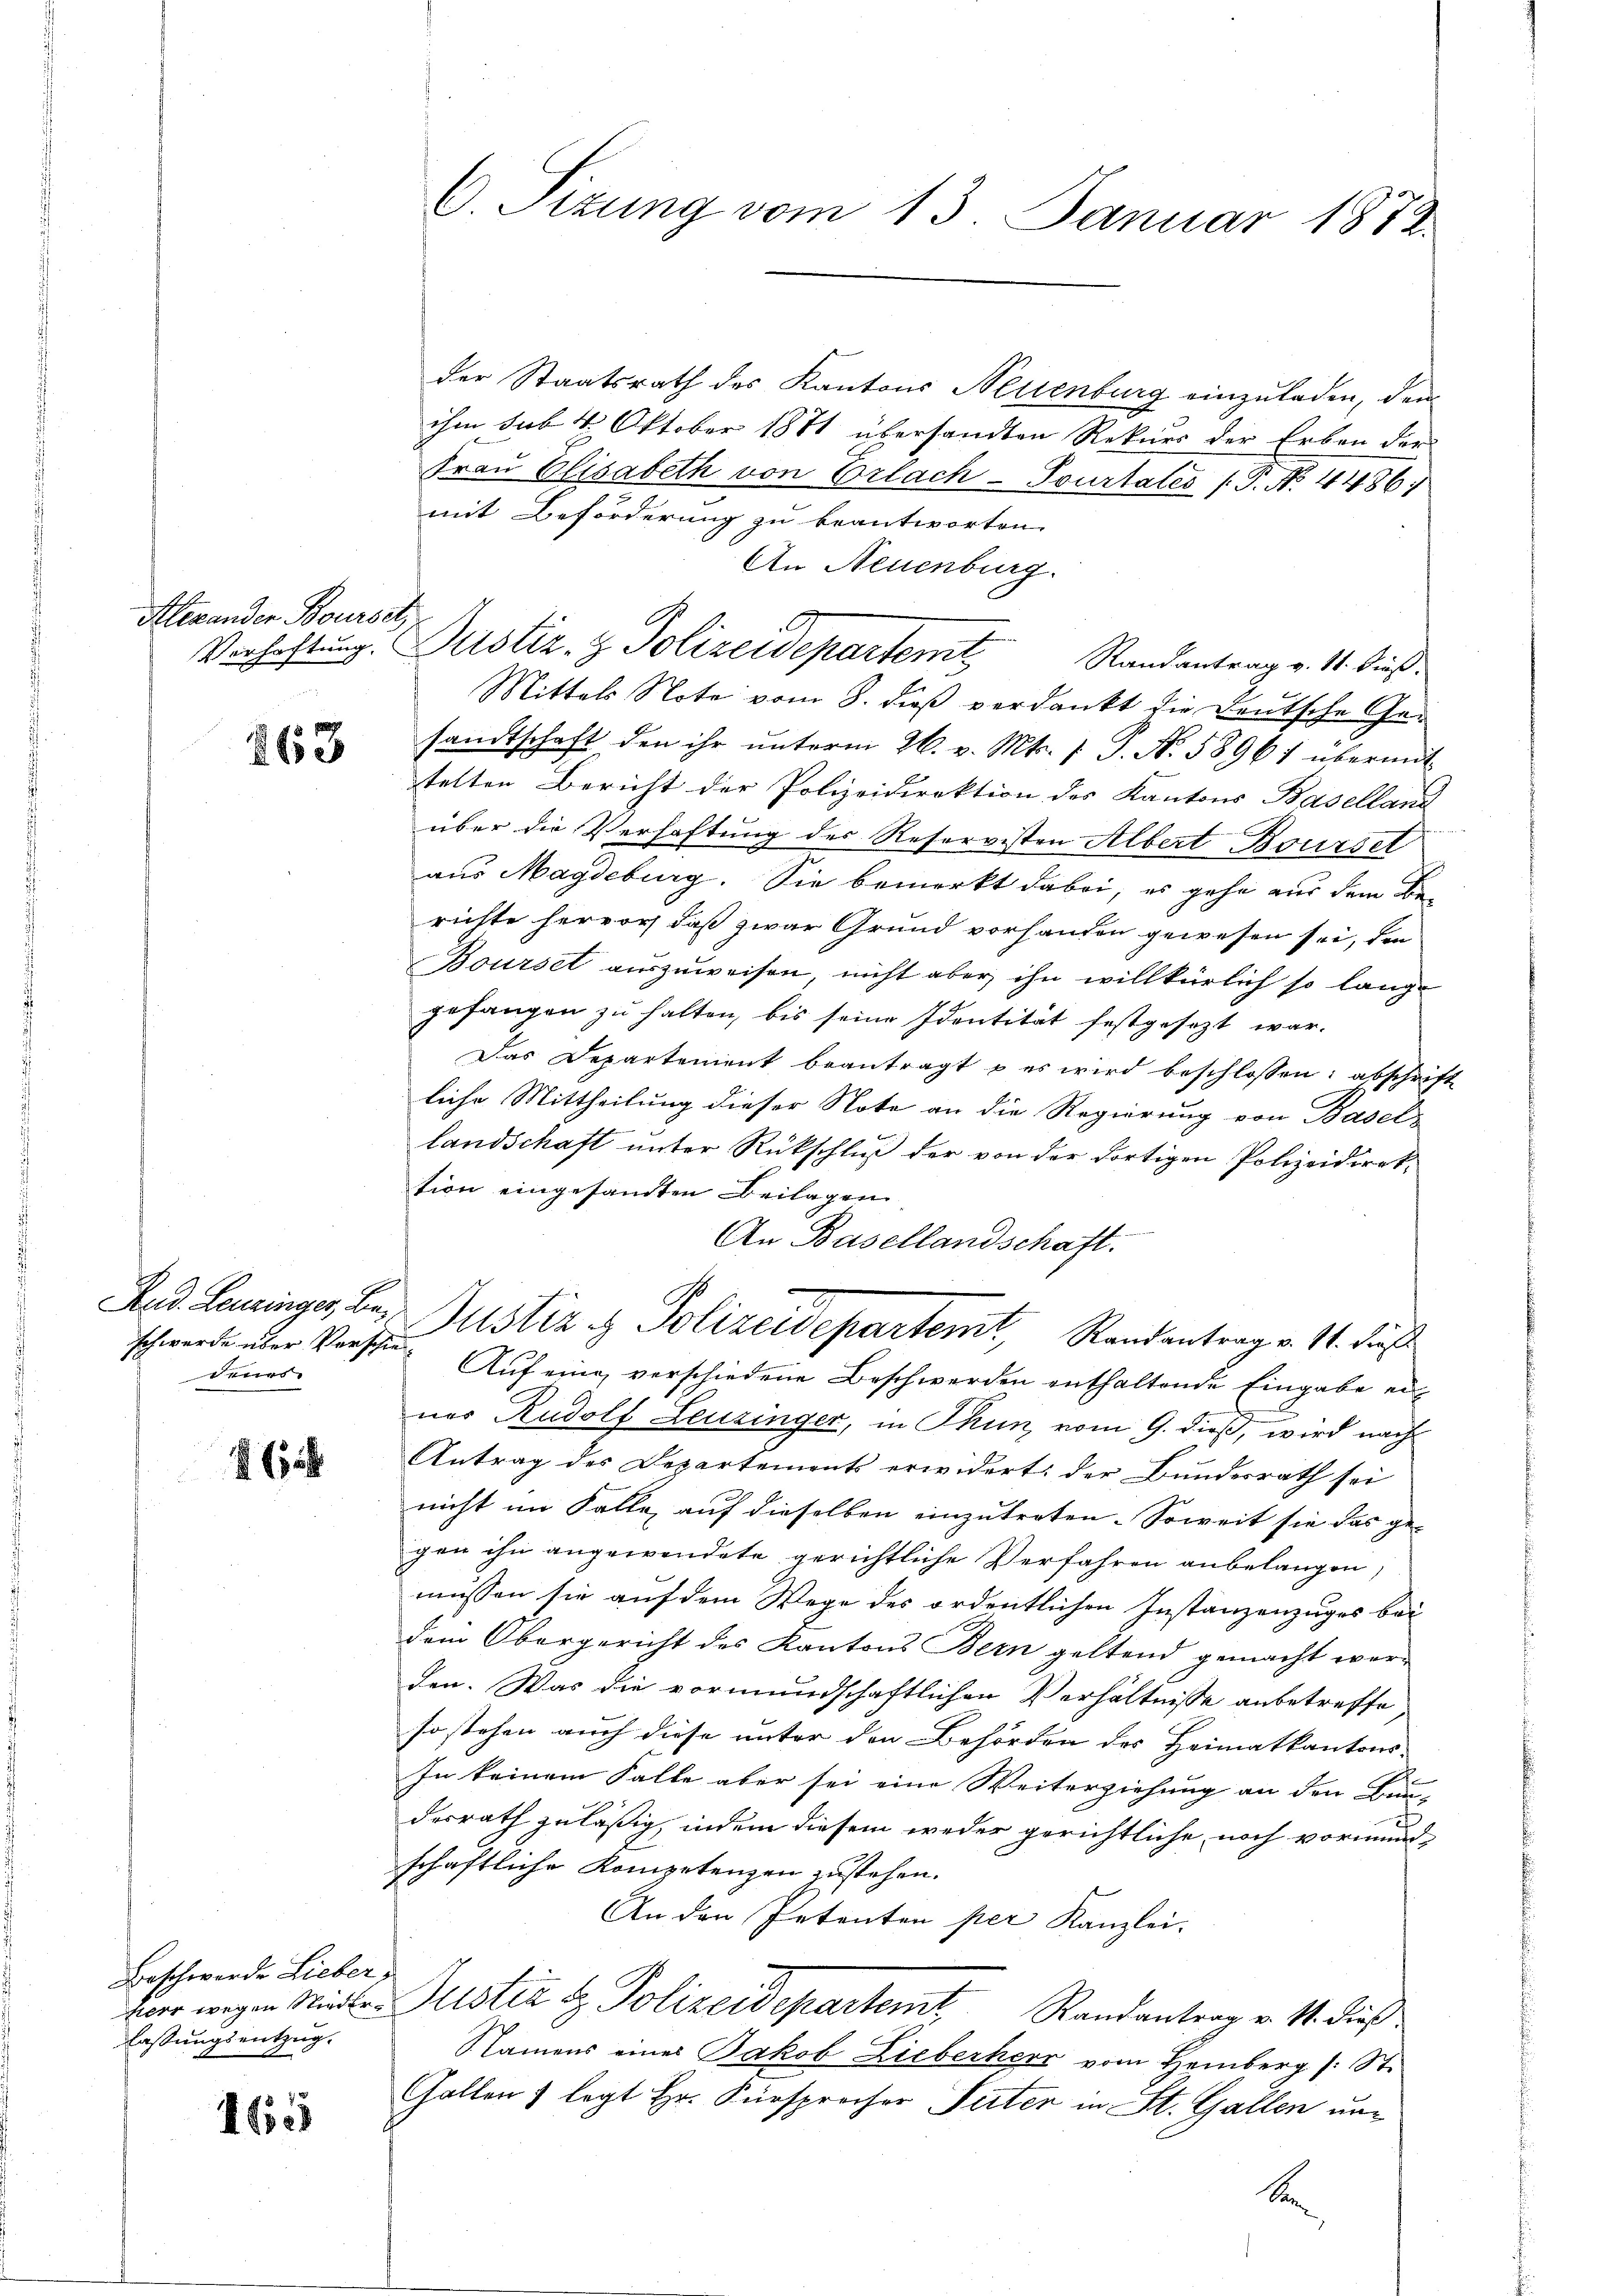
Alexander Boursetz,

263

schwerde über Verschiedenes.

46

Beschwerde Lieber,
fassungsentzug.

165

der Staatsrath des Kantons Nettenburg einzuladen, den
ihm sub. 4. Oktober 1871 übersandten Rekurs der Erben der
Frau Elisabeth von Erlach - Pourtates (T. No. 4486
mit Beförderung zu beantworten.
An Neuenburg.
Verhaftung. Justiz- & Polizeidepartemit
Randantrag v. 11. Dieß.
Mittels Note vom 8. dieβ verdankt die Deutsche Ge-
sandtschaft den ihr ŭnterm 26. v. Mts. 1. P. Nr. 58961 übermit
tetten Bericht der Polizeidirektion des Kantons Baselland
über die Verhaftung des Reservisten Albert Boursel
aus Magdeburg. Sie bemerkt dabei, es gehe aus dem Be-
richte hervor, daß zwar Grund vorhanden gewesen sei, den
Bourset auszuweisen, nicht aber ihn willkürlich so lange
gefangen zu halten, bis seine Identität festgesezt war.
Das Departement beantragt u es wird beschlossen: abschrift
liche Mittheilung dieser Note an die Regierung von Basel-
landschaft unter Rückschluß der von der dortigen Polizeidirektion eingesandten Beilagen
An Basellandschaft.
Rud. Leuzinges Bei Gustiz & Polizeidepartemt, Randantrag v. 14. Fuß
Auf eine verschiedene Beschwerden enthaltende Eingabe ernes Rudolf Leuzinger, in Thun, vom 9. dieß, wird nach
Antrag des Departements erwidert, der Bundesrath sei
nicht im Falle, auf dieselben einzutreten. Soweit sie das ge-
gen ihn angewendete gerichtliche Verfahren anbelangen,
müssen sie auf dem Wege des ordentlichen Instanzenzuges bei
dem Obergericht des Kantons Bern geltend gemacht werden. Was die vormundschaftlichen Verhältnisse anbetreffe
so stehen auch diese unter den Behörden des Heimatkantons-
In keinem Falle aber sei eine Weiterziehung an den Bun-
desrath zuläßig, indem diesem weder gerichtliche noch vormundschaftliche Kompetenzen zustehen.
An den Petenten per Kanzlei.
lber wegen Nieder Justiz & Polizeidepartemt Randantrag v. 11. dieß
Namens eines Jakob Lieberherr vom Heinberg (: St.
Gallen & legt Hr. Fürsprocher Peter in St. Gallen unb

C. Sizung vom 13. Januar 1872